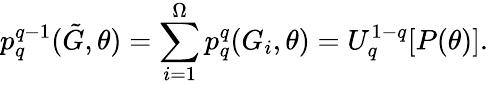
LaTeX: p_{q}^{q-1}(\tilde{G},\theta)=\sum_{i=1}^{\Omega}p_{q}^{q}(G_{i},\theta)=U_{q}^{1-q}[P(\theta)].